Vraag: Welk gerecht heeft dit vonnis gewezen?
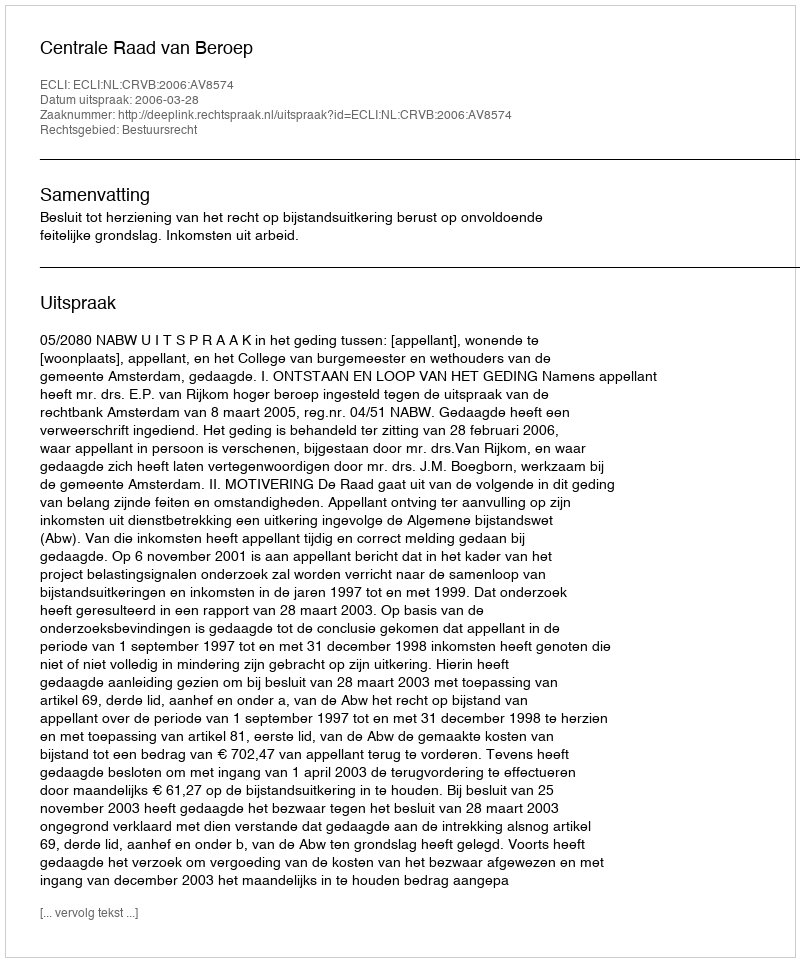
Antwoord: Centrale Raad van Beroep